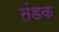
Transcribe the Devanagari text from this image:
तंडक